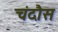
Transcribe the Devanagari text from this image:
चंदौस